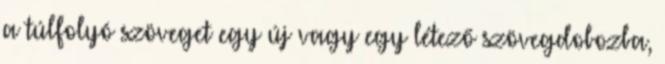
a túlfolyó szöveget egy új vagy egy létező szövegdobozba,